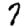
Digit: 7